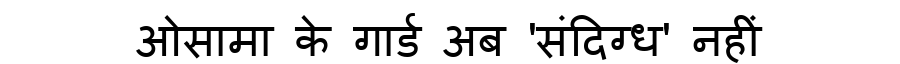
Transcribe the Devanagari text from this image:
ओसामा के गार्ड अब 'संदिग्ध' नहीं